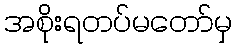
အစိုးရတပ်မတော်မှ